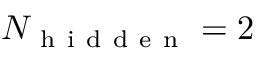
N _ { \mathrm { ~ h ~ i ~ d ~ d ~ e ~ n ~ } } = 2